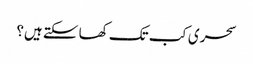
سحری کب تک کھا سکتے ہیں؟